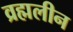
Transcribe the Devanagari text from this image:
व्रह्मलीन